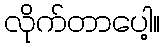
လိုက်တာပေါ့။